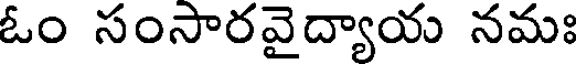
ఓం సంసారవైద్యాయ నమః